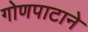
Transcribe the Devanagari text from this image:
गोणपाटाने